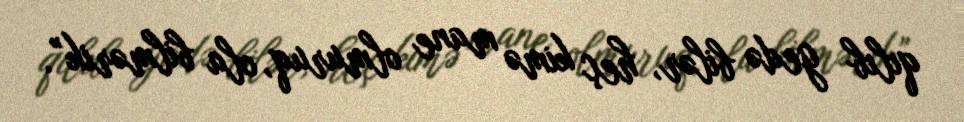
qılıb gedə bilər, heç kimə mane olmuruq, ola bilmərik”.